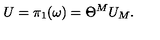
U = \pi _ { 1 } ( \omega ) = \Theta ^ { M } U _ { M } .